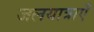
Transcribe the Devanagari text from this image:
जलयात्राएँ